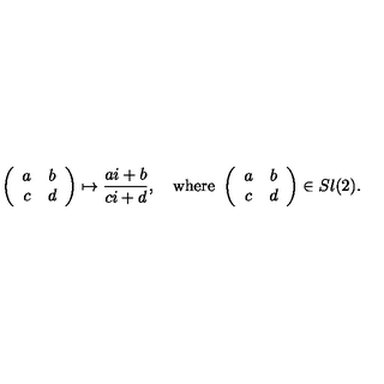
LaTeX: \left( \begin{array} { c c } { a } & { b } \\ { c } & { d } \\ \end{array} \right) \mapsto \frac { a i + b } { c i + d } , \quad \mathrm { w h e r e \ } \left( \begin{array} { c c } { a } & { b } \\ { c } & { d } \\ \end{array} \right) \in S l ( 2 ) .